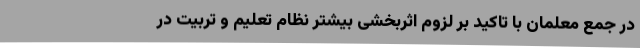
در جمع معلمان با تاکید بر لزوم اثربخشی بیشتر نظام تعلیم و تربیت در